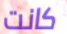
كانت